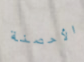
الأحصنة